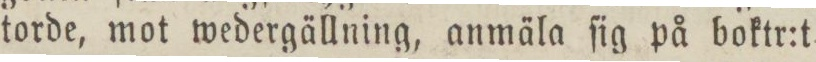
torde, mot wedergällning, anmäla ſig på boktr:t